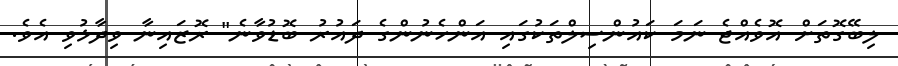
ލިބޭގޮތަށް އޮވެއްޖެ ނަމަ ކައުންސިލްތަކުގައި އަންހެނުންގެ ދައުރު ބޮޑުވާނެ" ރޮޒައިނާ ވިދާޅުވި އެވެ.